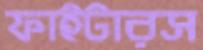
ফাইটারস